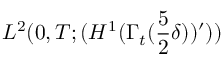
L ^ { 2 } ( 0 , T ; ( H ^ { 1 } ( \Gamma _ { t } ( \frac 5 2 \delta ) ) ^ { \prime } ) )